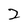
Character: 2